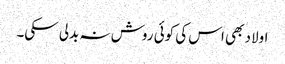
اولاد بھی اس کی کوئی روش نہ بدلی سکی۔